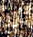
أين